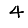
Digit: 4